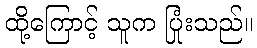
ထို့ကြောင့် သူက ပြုံးသည်။